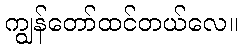
ကျွန်တော်ထင်တယ်လေ။